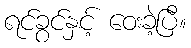
ရင်ခွင်နှင့် ဝေးခဲ့ပြီ။